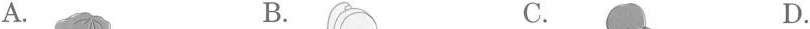
A. B. C. D.